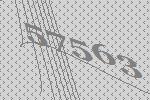
57563